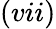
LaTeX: (vii)